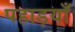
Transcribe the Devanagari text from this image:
पहाड़याँ